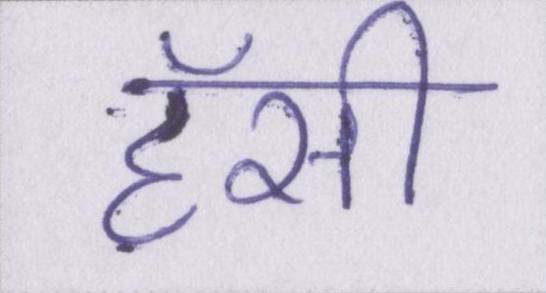
हॅसी